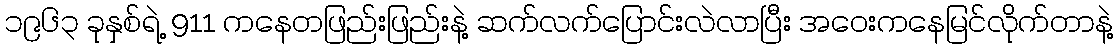
၁၉၆၃ ခုနှစ်ရဲ့ 911 ကနေတဖြည်းဖြည်းနဲ့ ဆက်လက်ပြောင်းလဲလာပြီး အဝေးကနေမြင်လိုက်တာနဲ့